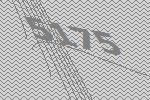
5175